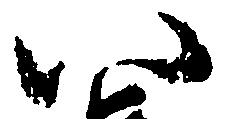
八